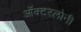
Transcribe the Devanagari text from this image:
ऑक्टरलोनी